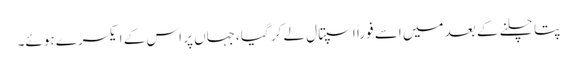
پتا چلنے کے بعد میں اسے فوراً اسپتال لے کر گیا ،جہاں پر اس کے ایکسرے ہوئے۔